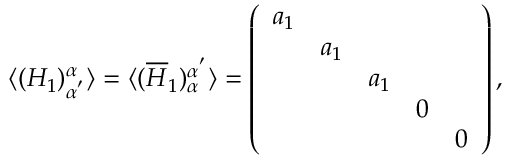
\langle ( H _ { 1 } ) _ { \alpha ^ { ' } } ^ { \alpha } \rangle = \langle ( \overline { { { H } } } _ { 1 } ) _ { \alpha } ^ { \alpha ^ { ' } } \rangle = \left( \begin{array} { c c c c c } { { a _ { 1 } } } & { { } } & { { } } & { { } } & { { } } \\ { { } } & { { a _ { 1 } } } & { { } } & { { } } & { { } } \\ { { } } & { { } } & { { a _ { 1 } } } & { { } } & { { } } \\ { { } } & { { } } & { { } } & { { 0 } } & { { } } \\ { { } } & { { } } & { { } } & { { } } & { { 0 } } \end{array} \right) ,